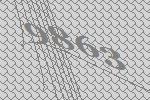
9863